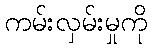
ကမ်းလှမ်းမှုကို